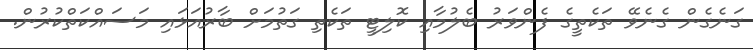
ގަނެގެން ގެނެވޭ ތަކެތީގެ ފެންވަރު ބެލުމާއި ކޮލިޓީ ތަކެތި ގަތުމަށް ބާރުއަޅައި މަސައްކަތްކުރުން.